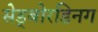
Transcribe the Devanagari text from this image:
सेड्बोरडिनग